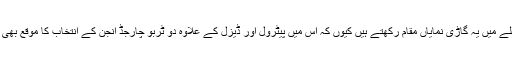
انجن کے معاملے میں یہ گاڑی نمایاں مقام رکھتے ہیں کیوں کہ اس میں پیٹرول اور ڈیزل کے علاوہ دو ٹربو چارجڈ انجن کے انتخاب کا موقع بھی دیا جا رہا ہے۔